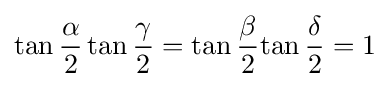
\tan {\frac {\alpha }{2}}\tan {\frac {\gamma }{2}}=\tan {\frac {\beta }{2}}{\tan {\frac {\delta }{2}}}=1